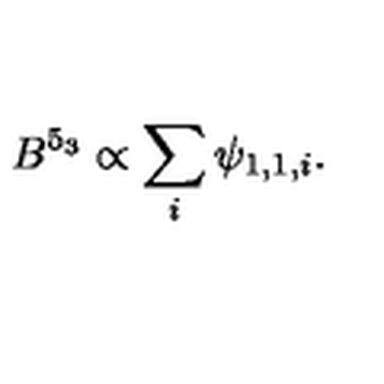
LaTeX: B ^ { 5 _ { 3 } } \propto \sum _ { i } \psi _ { 1 , 1 , i } .